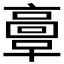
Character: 𩫏